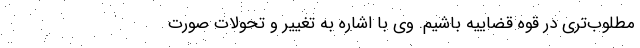
مطلوب‌تری در قوه قضاییه باشیم. وی با اشاره به تغییر و تحولات صورت